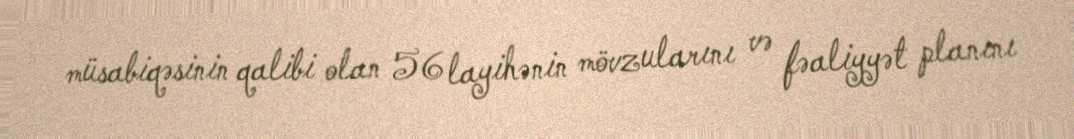
müsabiqəsinin qalibi olan 56 layihənin mövzularını və fəaliyyət planını